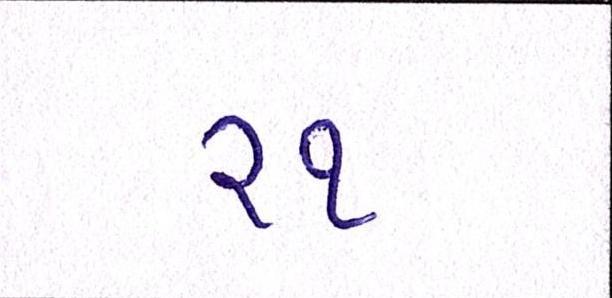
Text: ૨૧